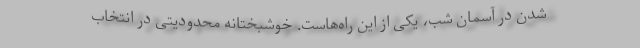
شدن در آسمان شب، یکی از این راه‌هاست. خوشبختانه محدودیتی در انتخاب